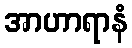
အာဟာရာနံ